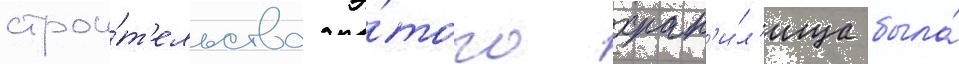
строи́т'ельства э́того хран'и́л'ища была́